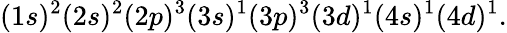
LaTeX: (1s)^{2}(2s)^{2}(2p)^{3}(3s)^{1}(3p)^{3}(3d)^{1}(4s)^{1}(4d)^{1}.